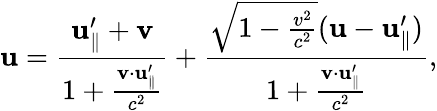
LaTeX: \mathbf{u}={\frac{\mathbf{u}_{\parallel}^{\prime}+\mathbf{v}}{1+{\frac{\mathbf{v}\cdot\mathbf{u}_{\parallel}^{\prime}}{c^{2}}}}}+{\frac{{\sqrt{1-{\frac{v^{2}}{c^{2}}}}}(\mathbf{u}-\mathbf{u}_{\parallel}^{\prime})}{1+{\frac{\mathbf{v}\cdot\mathbf{u}_{\parallel}^{\prime}}{c^{2}}}}},